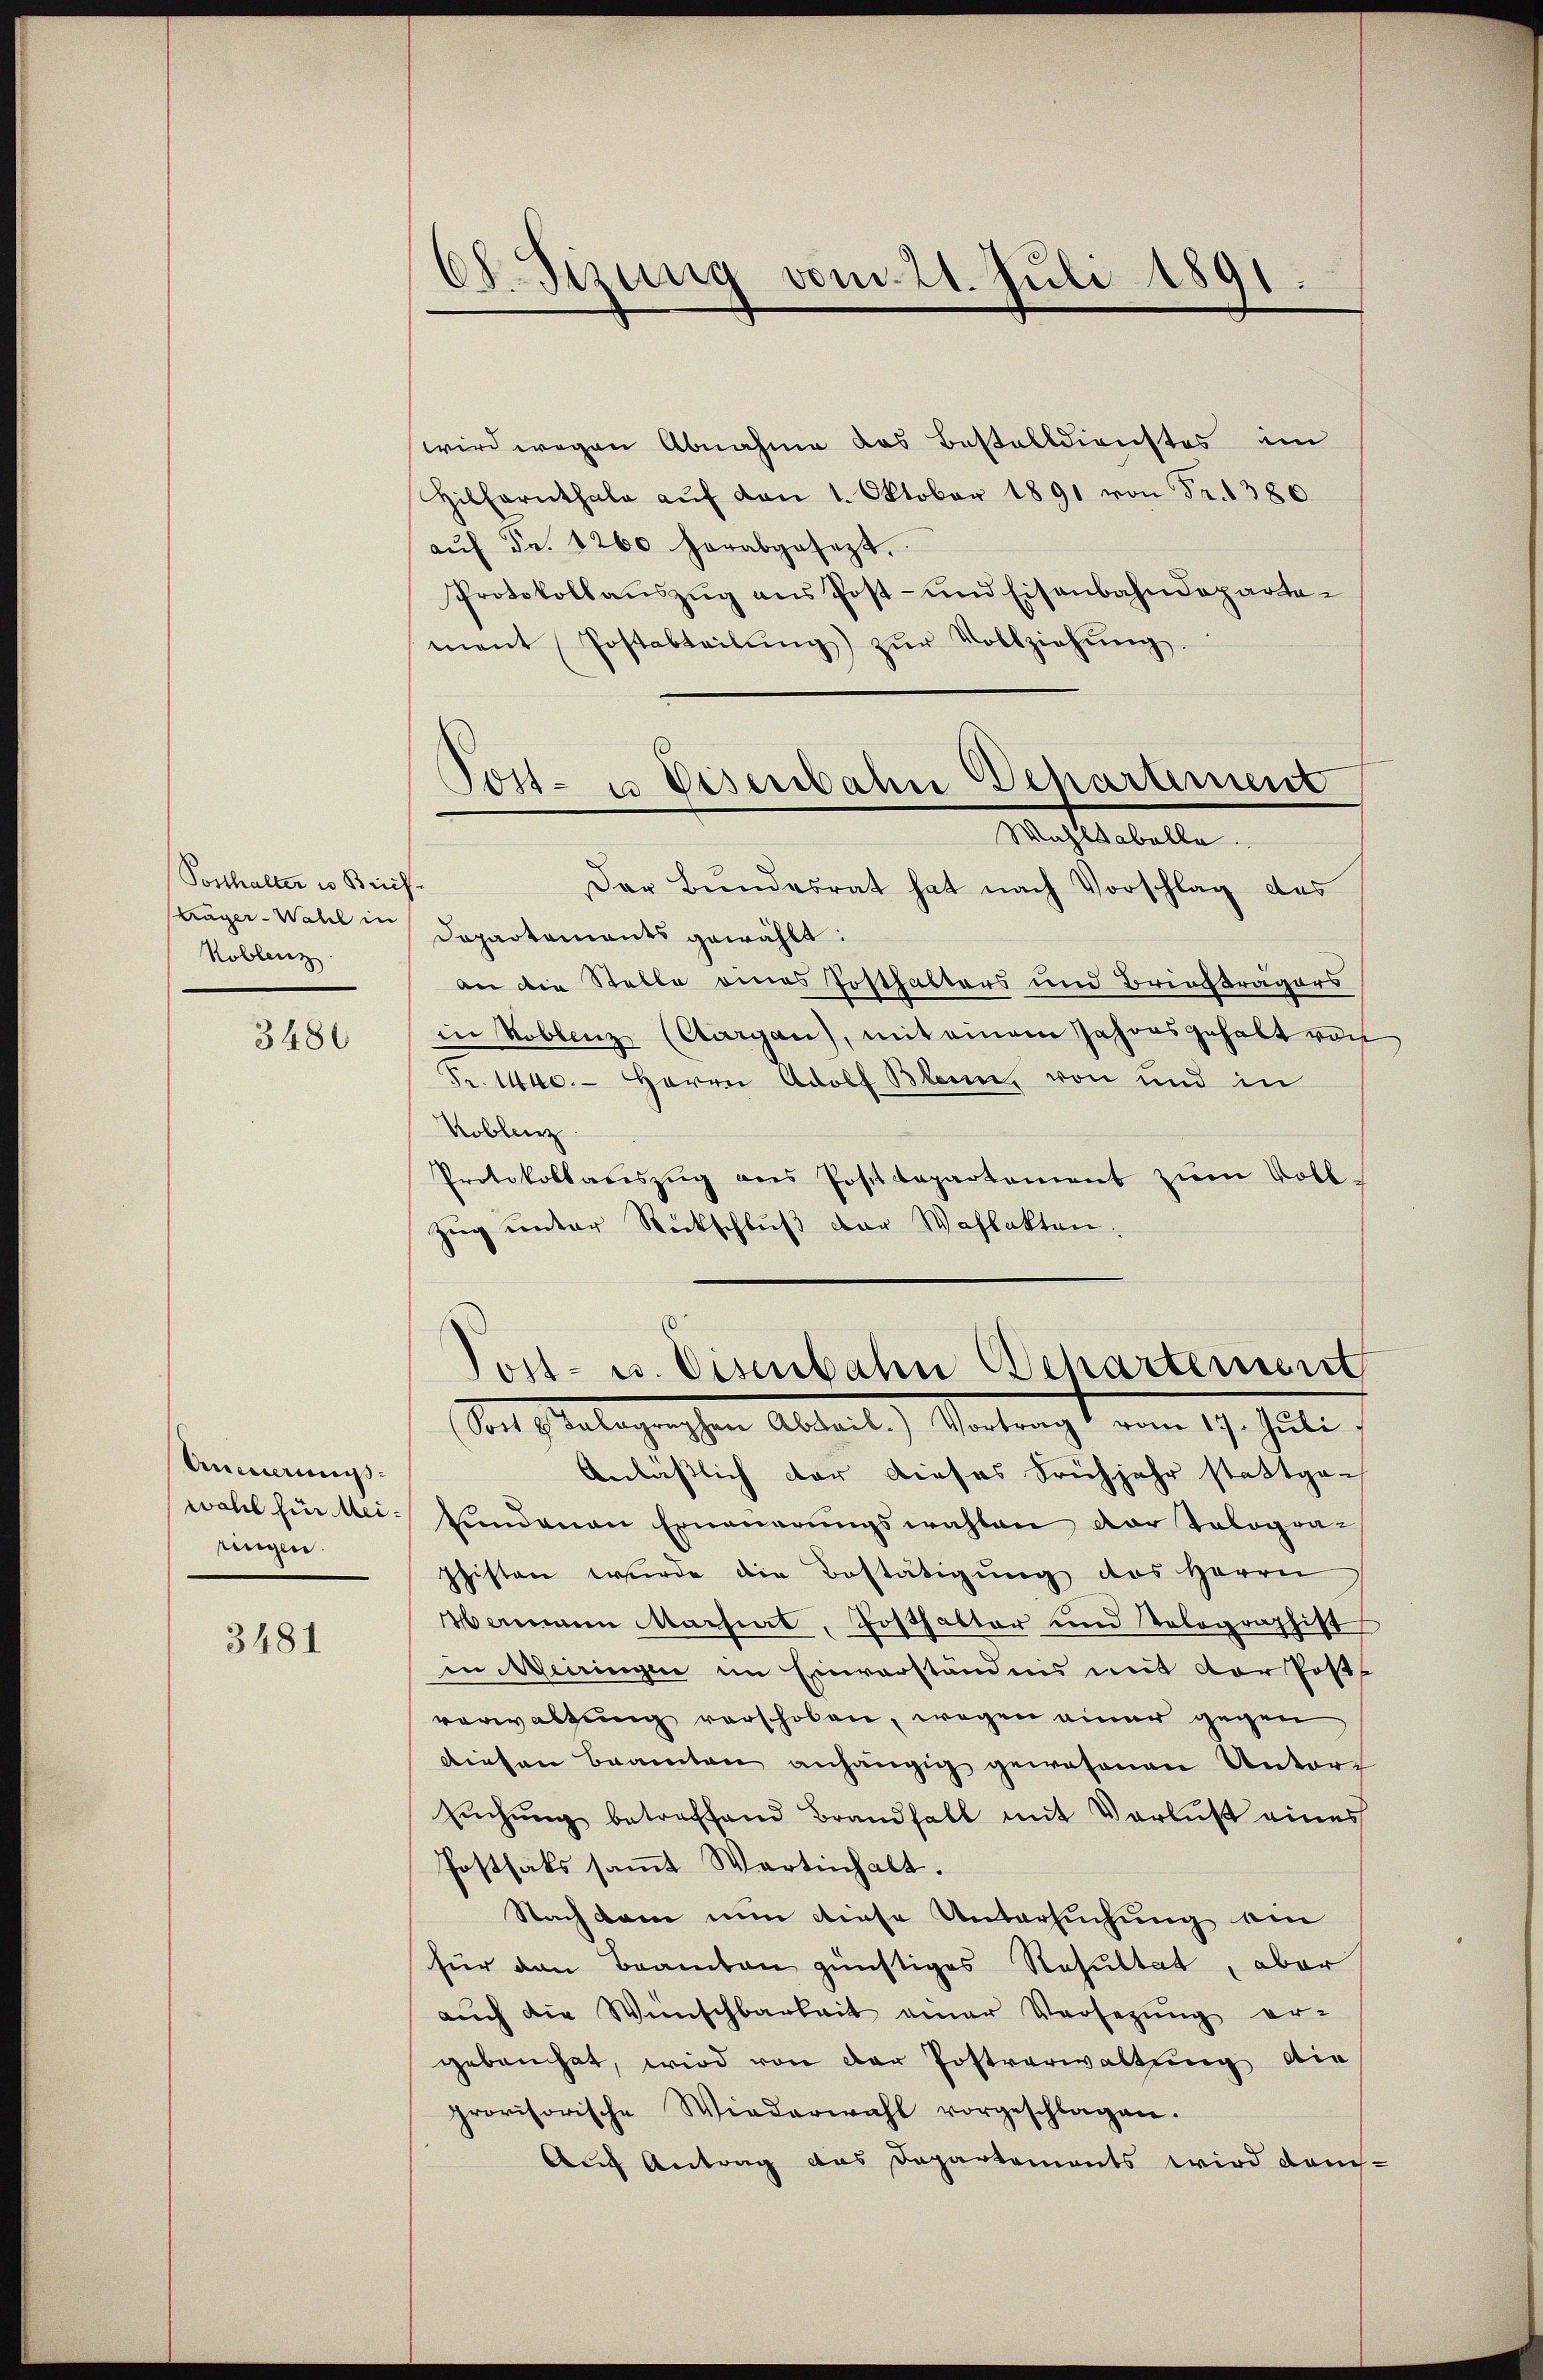
Posthalter in Brief.
Kräger-Wahl in
Koblenz

3480

Anmerungsungen.

3481

68. Jung vom 21. Juli 1891.

wird wegen Abnahme das Bestelldienstes im
Hilfarnthale aŭf den 1. Oktober 1891 von Fr. 1380.
aŭf Fr. 1260 herabgesezt.
Protokollauszug aus Post- und Eisenbahndepartement (Postabteilŭng zŭr Vollziehŭng.
Wahlsabelle.
Der Bŭndesrat hat nach Vorschlag des
Dapartaments gewählt:
an die Stelle eines Posthalters und Briefträgers
in Roblenz (Aargau), mit einem Jahors gehalt von
Fr. 1440. Herrn Adolf Blam, von und in
Koblenz
Protokollauszug aus Postdepartement zum Voll¬
Zug unter Rückschlŭβ der Wahlakten.
60.
Sost- u. Eisenbahn Departement
Die Gelegenschen Alterl. Vertragt vom 19. Juli
Anlässlich der dieses Frühjahr stattgewahl hin bei Bundenen Erneuerungswahlen der Tologra-
phisten wurde die Bestätigung des Herrn
Mammen Machiat, Posthalter und Tolographist
in Meiringen im Einverständnis mit der Pos
verwaltung vorschoben, wegen einer gegen
diesen Beamten anhängig gewesenen Unter
sŭchŭng betreffend Brandfall mit Verlust eines
Posthats samt Wartinhalt.
Nach kam nun diese Untersuchung am
für den Beamten günstiges Resultat, aber
auch die Wünschbarkeit einer Versetzung er-
gebauchet, wird von der Postverwaltung die
provisorische Wiederwahl vorgeschlagen.
Auf Antrag das Departements wird dan-

.
Tost- u Eisenbahn Departement